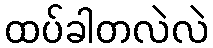
ထပ်ခါတလဲလဲ